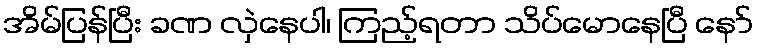
အိမ်ပြန်ပြီး ခဏ လှဲနေပါ၊ ကြည့်ရတာ သိပ်မောနေပြီ နော်